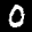
Label: 0